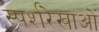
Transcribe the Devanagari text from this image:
स्पर्शरेखाओं